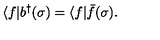
\langle f | b ^ { \dag } ( \sigma ) = \langle f | \bar { f } ( \sigma ) .